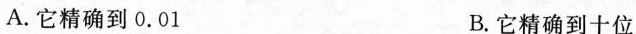
A.它精确到0.01 B.它精确到十位